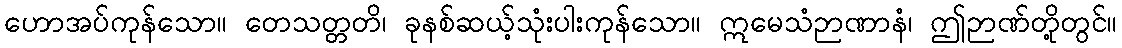
ဟောအပ်ကုန်သော။ တေသတ္တတိ၊ ခုနစ်ဆယ့်သုံးပါးကုန်သော။ ဣမေသံဉာဏာနံ၊ ဤဉာဏ်တို့တွင်။